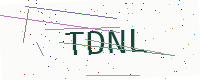
Text: TDNL